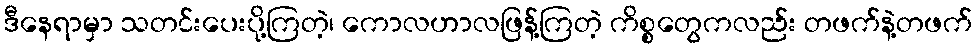
ဒီနေရာမှာ သတင်းပေးပို့ကြတဲ့၊ ကောလဟာလဖြန့်ကြတဲ့ ကိစ္စတွေကလည်း တဖက်နဲ့တဖက်